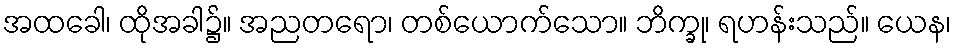
အထခေါ၊ ထိုအခါ၌။ အညတရော၊ တစ်ယောက်သော။ ဘိက္ခု၊ ရဟန်းသည်။ ယေန၊